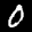
Label: 0